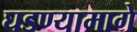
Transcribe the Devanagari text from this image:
घडण्यामागे